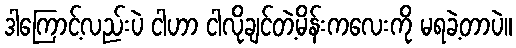
ဒါကြောင့်လည်းပဲ ငါဟာ ငါလိုချင်တဲ့မိန်းကလေးကို မရခဲ့တာပဲ။